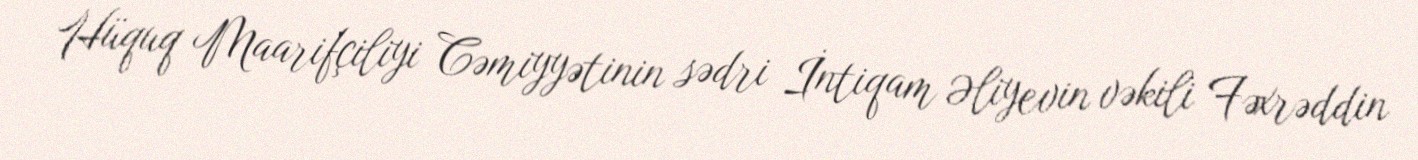
Hüquq Maarifçiliyi Cəmiyyətinin sədri İntiqam Əliyevin vəkili Fəxrəddin